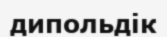
дипольдік